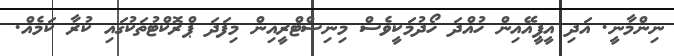
ނިންމާނީ. އަދި އީޕީއޭއިން ހުއްދަ ހޯދުމަކީވެސް މިނިސްޓްރީއިން މިފަދަ ޕްރޮކްޓުތަކުގައި ކުރާ ކަމެއް.